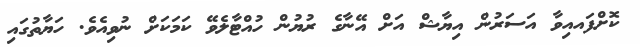
ކޮށްފައއިވާ އަސަރުން އިޔާޝް އަށް އޭނާގެ ރުޔުން ހުއްޓާލެވޭ ކަމަކަށް ނުވިއެވެ. ހަޔާތުގައި